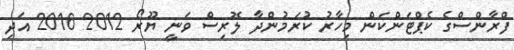
ފްރާންސްގެ ކެޕްޓަންކަން މިހާރު ކުރަމުންދާ ލޮރިސް ވަނީ ޔޫރޯ 2012 2016 އަދި